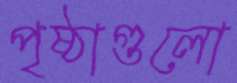
পৃষ্ঠাগুলো